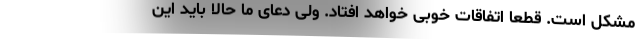
مشکل است. قطعاً اتفاقات خوبی خواهد افتاد. ولی دعای ما حالا باید این